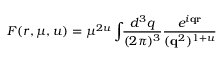
{ \cal F } ( r , \mu , u ) = \mu ^ { 2 u } \int \! \! \frac { d ^ { 3 } q } { ( 2 \pi ) ^ { 3 } } \frac { e ^ { i { \bf q r } } } { ( { \bf q } ^ { 2 } ) ^ { 1 + u } }